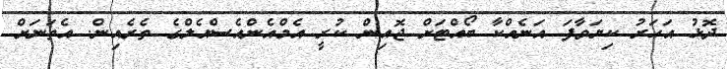
ދޮޅު އަހަރު ކިޔަވާފަ އަނެއްކާ ބޯއްޓަށް ޖޮއިން ކުރީ އެމްއެންއެސްއެލްގެ ތެރެއިން. އެތަނަށް